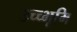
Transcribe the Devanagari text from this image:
उच्च्भूमि